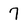
Character: 7